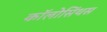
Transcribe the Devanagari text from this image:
कॉलोसिंथस